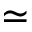
\simeq